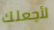
لأجعلك